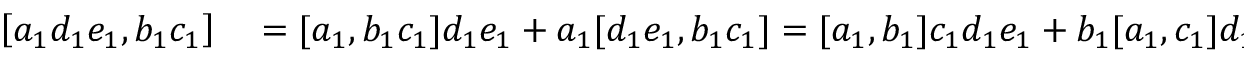
\begin{array} { r l } { \left[ a _ { 1 } d _ { 1 } e _ { 1 } , b _ { 1 } c _ { 1 } \right] } & { { } = [ a _ { 1 } , b _ { 1 } c _ { 1 } ] d _ { 1 } e _ { 1 } + a _ { 1 } [ d _ { 1 } e _ { 1 } , b _ { 1 } c _ { 1 } ] = [ a _ { 1 } , b _ { 1 } ] c _ { 1 } d _ { 1 } e _ { 1 } + b _ { 1 } [ a _ { 1 } , c _ { 1 } ] d _ { 1 } e _ { 1 } + a _ { 1 } [ d _ { 1 } e _ { 1 } , b _ { 1 } c _ { 1 } ] } \end{array}